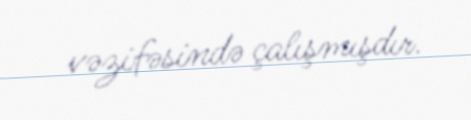
vəzifəsində çalışmışdır.